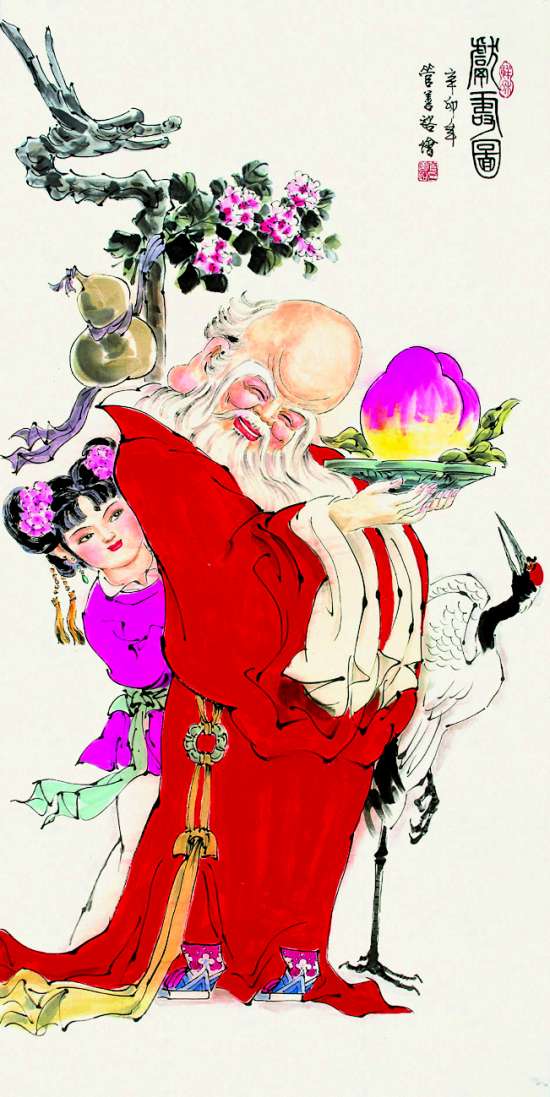
忠告而善道之，不可则止，毋自辱焉。